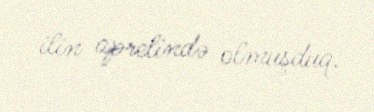
ilin aprelində olmuşduq.